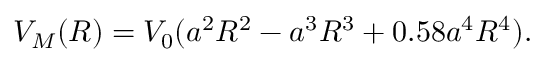
V _ { M } ( R ) = V _ { 0 } ( a ^ { 2 } R ^ { 2 } - a ^ { 3 } R ^ { 3 } + 0 . 5 8 a ^ { 4 } R ^ { 4 } ) .